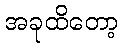
အခုထိတော့